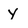
Character: y